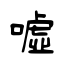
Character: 噓